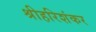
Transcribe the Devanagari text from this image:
श्रीहरिशंकर